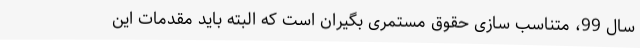
سال 99، متناسب سازی حقوق مستمری ‌بگیران است که البته باید مقدمات این